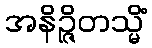
အနိဉ္ဇိတသ္မိံ